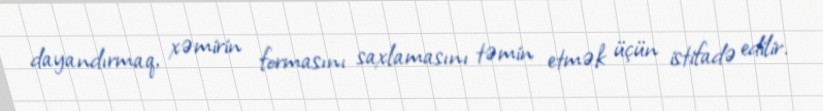
dayandırmaq, xəmirin formasını saxlamasını təmin etmək üçün istifadə edilir.